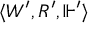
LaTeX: \langle W ^ { \prime } , R ^ { \prime } , \Vdash ^ { \prime } \rangle